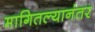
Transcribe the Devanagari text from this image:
मागितल्यानंतर